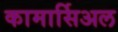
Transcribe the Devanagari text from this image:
कामार्सिअल